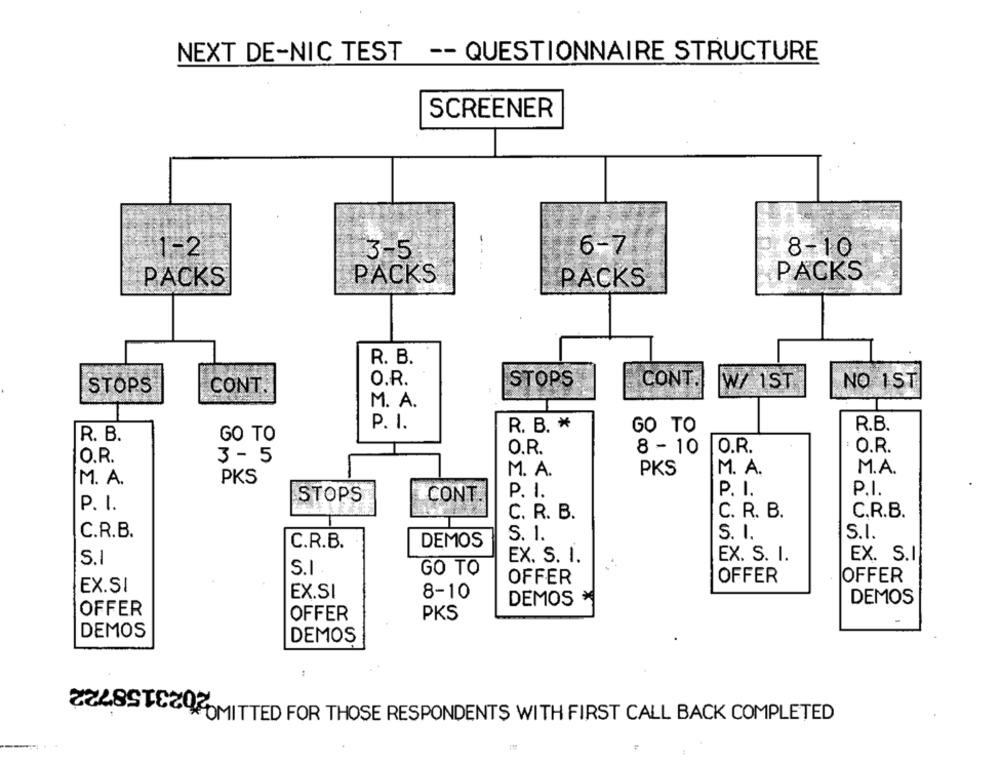
NEXT DE-NIC TEST -- QUESTIONNAIRE STRUCTURE
SCREENER
1-2
6-7
8-10
3-5
PACKS
PACKS
PACKS
PACKS
R. B.
O.R.
CONT.
STOPS
CONT.
STOPS
W/ 1ST
NO IST
M. A.
P. I.
R. B. *
GO TO
R.B.
R. B.
GO TO
O.R.
8 -10
O.R.
: O.R.
O.R.
3 - 5
M. A.
PKS
M. A.
M.A.
M. A.
PKS
P. I.
P. I.
P.I.
STOPS
CONT.
P. I.
C.R.B.
C. R. B.
C. R. B.
C.R.B.
S.I.
S. 1.
S. I.
C.R.B.
DEMOS
EX. S. I.
EX. S.I
S.1
EX. S. I.
S.I
GO TO
OFFER
OFFER
EX.SI
OFFER
EX.SI
8-10
DEMOS
DEMOS
OFFER
OFFER
PKS
DEMOS
DEMOS
2228STE20MITTED FOR THOSE RESPONDENTS WITH FIRST CALL BACK COMPLETED